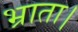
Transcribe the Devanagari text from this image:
भ्राता।